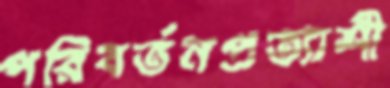
পরিবর্তনপ্রত্যাশী